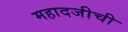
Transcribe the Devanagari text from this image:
महादजीची